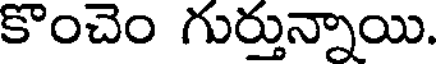
కొంచెం గుర్తున్నాయి.